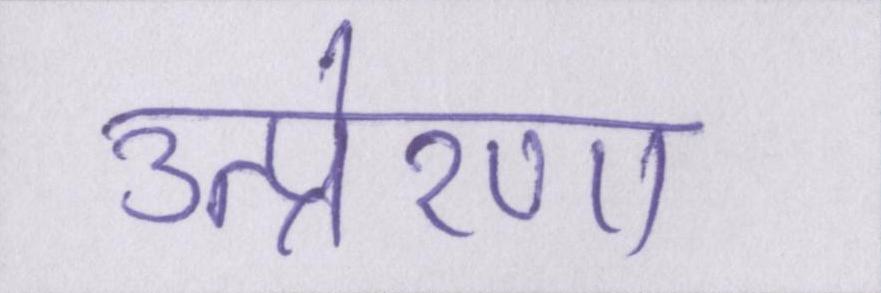
उत्प्रेरणा